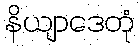
နိယျာဒေတုံ